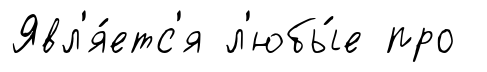
Явл'я́етс'я л'юбы́е про